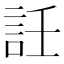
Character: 䚾